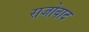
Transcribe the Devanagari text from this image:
राजोवाद